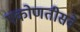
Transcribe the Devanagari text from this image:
एकोणतीसवे